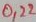
Text: 0,22